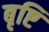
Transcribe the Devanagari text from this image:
बृष्टि